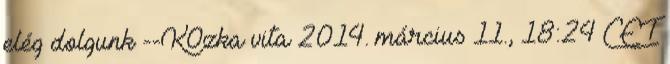
elég dolgunk --K0zka vita 2014. március 11., 18:24 CET